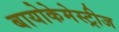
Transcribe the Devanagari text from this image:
बायोकेमेस्ट्रीज